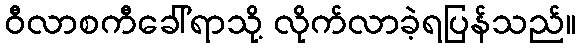
ဝီလာစကီခေါ်ရာသို့ လိုက်လာခဲ့ရပြန်သည်။